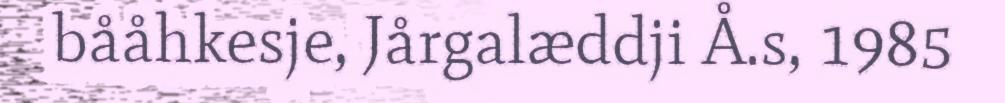
bååhkesje, Jårgalæddji Å.s, 1985